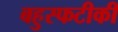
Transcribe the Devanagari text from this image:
बहुस्फटीकी